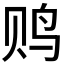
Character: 𱉐